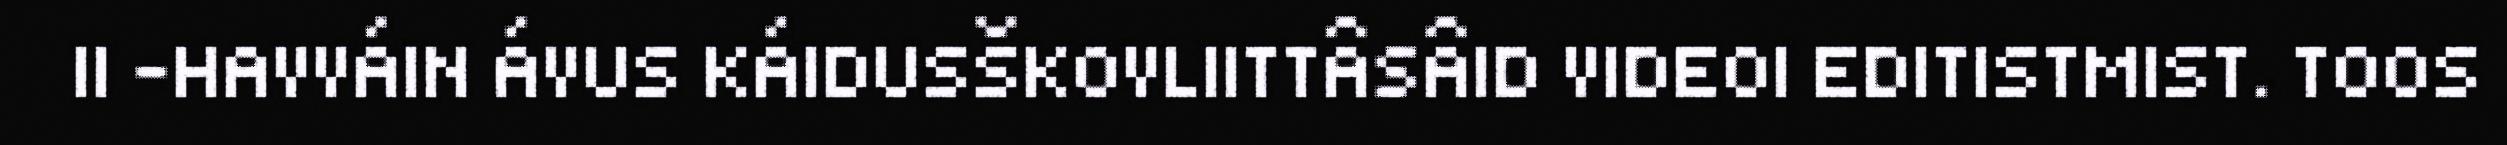
II -HAVVÁIN ÁVUS KÁIDUSŠKOVLIITTÂSÂID VIDEOI EDITISTMIST. TOOS